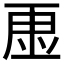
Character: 𮓠